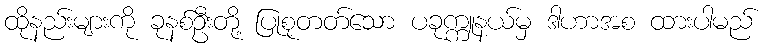
ထိုနည်းများကို ခုနစ်ဦးတို့ ပြုစုတတ်သော ပခုက္ကူနယ်မှ ဒါဟာအစ ထားပါမည်